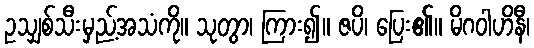
ဥသျှစ်သီးမှည့်အသံကို။ သုတွာ၊ ကြား၍။ ဇပိ၊ ပြေး၏။ မိဂဝါဟိနီ၊